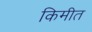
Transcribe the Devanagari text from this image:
किमीत